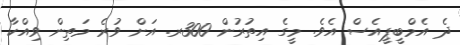
ދެ އެމްބީޕީއެސް އެވެ. މީގެ އިތުރުން 300ރ. އަށް ވުރެ މަތިން ވިއްކާ